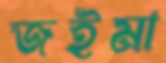
জইমা